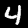
Label: 4